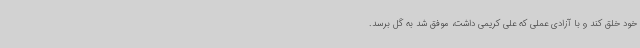
خود خلق کند و با آزادی عملی که علی کریمی داشت، موفق شد به گل برسد.